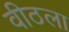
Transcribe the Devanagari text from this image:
वीठला